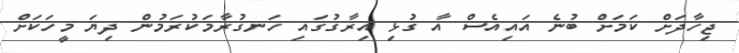
ޖިހާދަށް ކަމަށް ބުނެ އައިއެސް އާ ގުޅި އިރާގުގައި ހަނގުރާމަކުރަމުން ދިޔަ މީހަކަށް